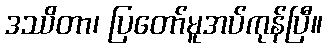
ဒဿိတာ၊ ပြတော်မူအပ်ကုန်ပြီ။